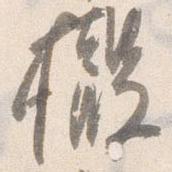
撤